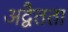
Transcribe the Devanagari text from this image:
अद्वैतता